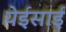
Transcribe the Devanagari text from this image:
येईसाई